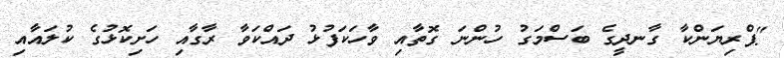
"ޕްރިޔަންކާ ގާނދީގެ ބަސްމަގު ހުންނަ ގޮތާއި ވާހަކަފުޅު ދައްކަވާ ރާގާއި ހަށިކޮޅުގެ ކުލައާއި